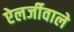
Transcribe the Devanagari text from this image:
ऐलर्जीवाले